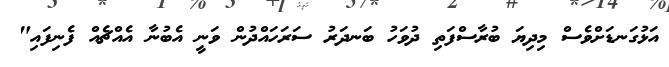
އަޅުގަނޑަށްވެސް މިދިޔަ ބުރާސްފަތި ދުވަހު ބަނދަރު ސަރަހައްދުން ވަނީ އެބުނާ އެއްޗެއް ފެނިފައި"